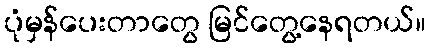
ပုံမှန်ပေးတာတွေ မြင်တွေ့နေရတယ်။